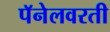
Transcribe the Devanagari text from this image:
पॅनेलवरती